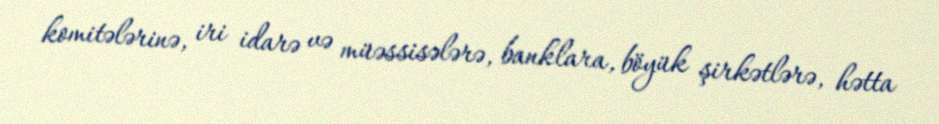
komitələrinə, iri idarə və müəssisələrə, banklara, böyük şirkətlərə, hətta